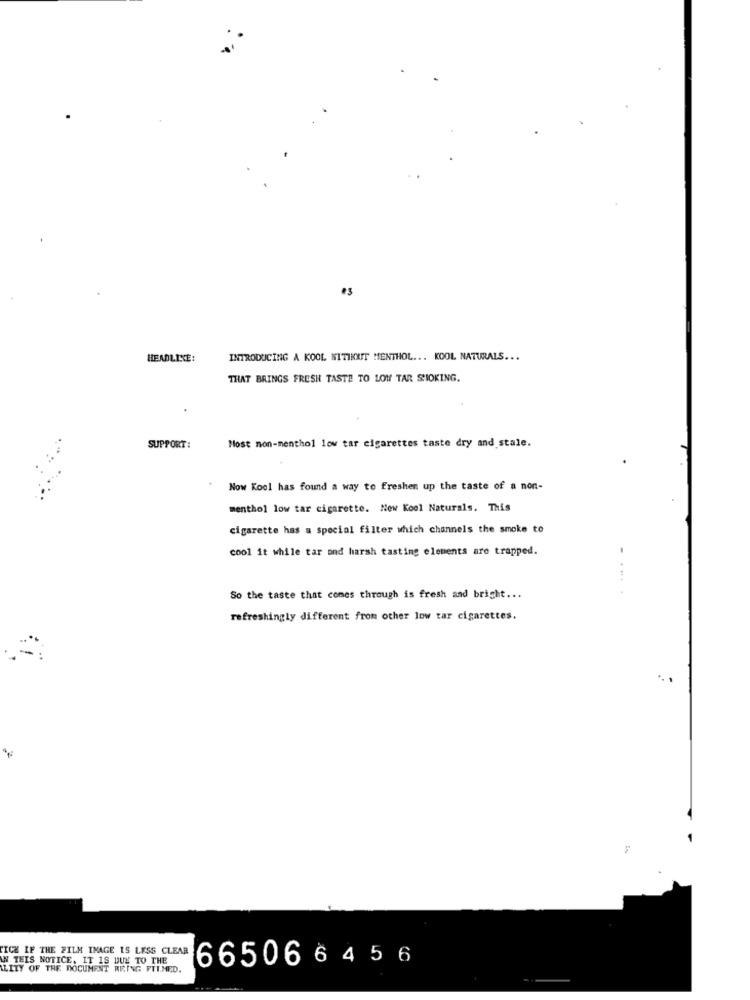
HEADLINE:
INTRODUCING A KOOL NITIKEIT MENTHOL ... KOOL NATURALS ...
THAT BRINGS FRESH TASTE TO LON TAR SHIOKING.
Most non-menthol low tar cigarettes taste dry and stale.
SUPPORT:
Now Kool has found a way to Freshen up the taste of a non-
menthol low tar cigarette. New Kool Naturals. This
cigarette has a special filter which channels the smoke to
cool it while tar and harsh tasting elements are trapped.
... .. .
So the taste that comes through is fresh and bright ...
refreshingly different from other low tar cigarettes.
SICH IF THE FILM IMAGE IS LESS CLEAR
IN THIS NOTICE, IT IS DUE TO THE
665066456
ILITY OF THE DOCUMENT BRING FTLMED.